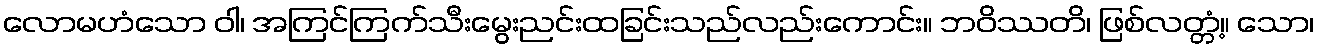
လောမဟံသော ဝါ၊ အကြင်ကြက်သီးမွေးညင်းထခြင်းသည်လည်းကောင်း။ ဘဝိဿတိ၊ ဖြစ်လတ္တံ့။ သော၊